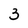
Character: 3